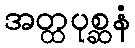
အတ္ထပုစ္ဆနံ